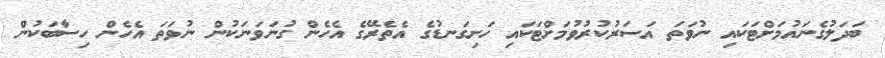
ބަދަލުގެނައުމަށްޓަކައި ނުވަތަ އަސަރުކުރުވުމަށްޓަކައި ހަށިގަނޑުގެ އެތެރޭގެ އެހެން ގުނަވަނަކުން ނުވަތަ އެހެން ހިސާބަކުން